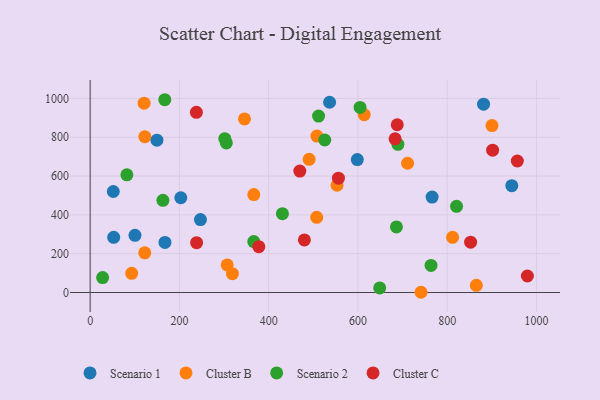
{"axis": {"x": "Speed", "y": "Sales"}, "legend": ["Cluster B", "Cluster C", "Scenario 1", "Scenario 2"], "data": [{"x": "100.4", "y": 294.6, "type": "Scenario 1"}, {"x": "536.5", "y": 980.0, "type": "Scenario 1"}, {"x": "167.6", "y": 257.8, "type": "Scenario 1"}, {"x": "766.2", "y": 491.8, "type": "Scenario 1"}, {"x": "52.7", "y": 284.1, "type": "Scenario 1"}, {"x": "51.8", "y": 520.2, "type": "Scenario 1"}, {"x": "203.1", "y": 488.1, "type": "Scenario 1"}, {"x": "944.8", "y": 550.3, "type": "Scenario 1"}, {"x": "598.6", "y": 684.8, "type": "Scenario 1"}, {"x": "881.5", "y": 970.1, "type": "Scenario 1"}, {"x": "149.6", "y": 784.4, "type": "Scenario 1"}, {"x": "247.1", "y": 375.6, "type": "Scenario 1"}, {"x": "508.0", "y": 805.6, "type": "Cluster B"}, {"x": "307.0", "y": 141.9, "type": "Cluster B"}, {"x": "93.0", "y": 98.7, "type": "Cluster B"}, {"x": "122.4", "y": 802.8, "type": "Cluster B"}, {"x": "741.4", "y": 1.2, "type": "Cluster B"}, {"x": "507.6", "y": 387.1, "type": "Cluster B"}, {"x": "553.2", "y": 552.6, "type": "Cluster B"}, {"x": "490.6", "y": 685.8, "type": "Cluster B"}, {"x": "900.4", "y": 859.8, "type": "Cluster B"}, {"x": "711.2", "y": 665.7, "type": "Cluster B"}, {"x": "614.1", "y": 916.1, "type": "Cluster B"}, {"x": "120.8", "y": 975.2, "type": "Cluster B"}, {"x": "122.3", "y": 204.6, "type": "Cluster B"}, {"x": "366.6", "y": 504.6, "type": "Cluster B"}, {"x": "865.3", "y": 36.8, "type": "Cluster B"}, {"x": "812.1", "y": 284.1, "type": "Cluster B"}, {"x": "345.8", "y": 894.0, "type": "Cluster B"}, {"x": "318.7", "y": 96.8, "type": "Cluster B"}, {"x": "366.6", "y": 262.2, "type": "Scenario 2"}, {"x": "167.2", "y": 993.0, "type": "Scenario 2"}, {"x": "305.1", "y": 770.7, "type": "Scenario 2"}, {"x": "511.8", "y": 908.8, "type": "Scenario 2"}, {"x": "430.8", "y": 405.9, "type": "Scenario 2"}, {"x": "301.6", "y": 792.3, "type": "Scenario 2"}, {"x": "686.3", "y": 337.8, "type": "Scenario 2"}, {"x": "821.0", "y": 443.8, "type": "Scenario 2"}, {"x": "163.0", "y": 474.8, "type": "Scenario 2"}, {"x": "648.8", "y": 23.7, "type": "Scenario 2"}, {"x": "27.9", "y": 76.7, "type": "Scenario 2"}, {"x": "82.2", "y": 606.3, "type": "Scenario 2"}, {"x": "525.6", "y": 785.5, "type": "Scenario 2"}, {"x": "604.8", "y": 953.1, "type": "Scenario 2"}, {"x": "763.8", "y": 139.7, "type": "Scenario 2"}, {"x": "689.6", "y": 763.4, "type": "Scenario 2"}, {"x": "469.8", "y": 625.5, "type": "Cluster C"}, {"x": "556.3", "y": 588.9, "type": "Cluster C"}, {"x": "979.7", "y": 85.0, "type": "Cluster C"}, {"x": "683.3", "y": 791.5, "type": "Cluster C"}, {"x": "688.1", "y": 864.1, "type": "Cluster C"}, {"x": "480.0", "y": 271.1, "type": "Cluster C"}, {"x": "238.5", "y": 256.7, "type": "Cluster C"}, {"x": "852.5", "y": 259.5, "type": "Cluster C"}, {"x": "901.8", "y": 732.9, "type": "Cluster C"}, {"x": "377.9", "y": 236.0, "type": "Cluster C"}, {"x": "238.0", "y": 928.2, "type": "Cluster C"}, {"x": "957.2", "y": 677.4, "type": "Cluster C"}]}